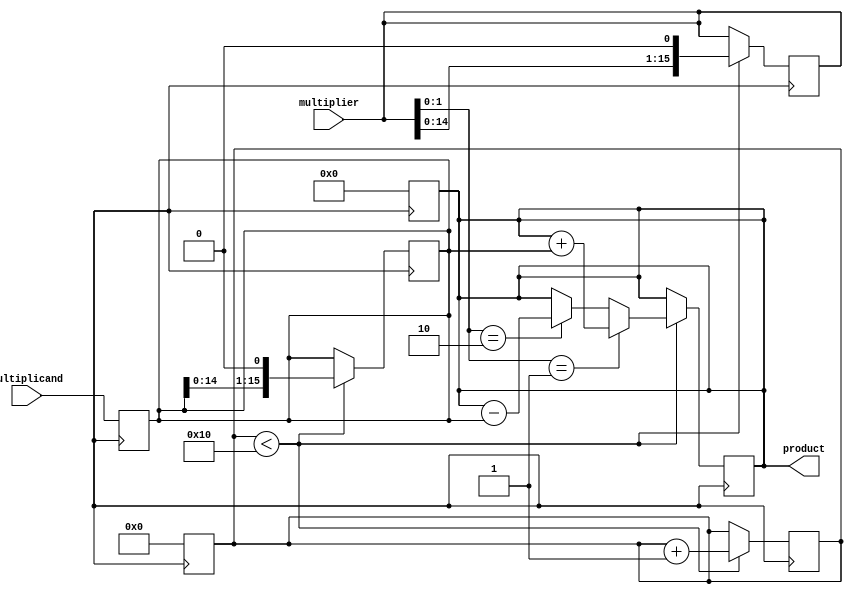
module booth_multiplier(
    input wire [15:0] multiplicand,
    input wire [15:0] multiplier,
    output reg [31:0] product
);

reg [15:0] a, s;
reg [5:0] count;

always @(posedge clk) begin
    count <= 0;
    a <= multiplicand;
    s <= {16{multiplier[15]}};
    product <= 0;
end

always @(posedge clk) begin
    if(count < 16) begin
        if(multiplier[1:0] == 2'b01) begin
            product <= product + a;
        end else if(multiplier[1:0] == 2'b10) begin
            product <= product - a;
        end
        a <= a << 1;
        multiplier <= multiplier << 1;
        count <= count + 1;
    end
end

endmodule